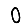
Digit: 0